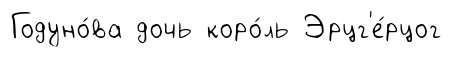
Годуно́ва дочь коро́ль Эрцг'е́рцог